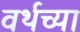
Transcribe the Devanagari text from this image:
वर्थच्या